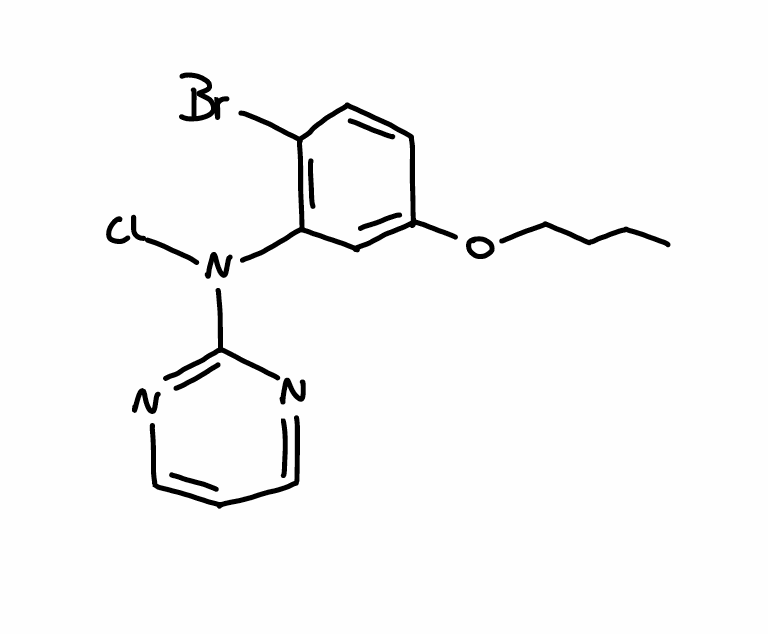
Simplified molecular-input line-entry system (SMILES) notation of the given molecule:
CCCCOC1=CC(=C(C=C1)Br)N(C2=NC=CC=N2)Cl